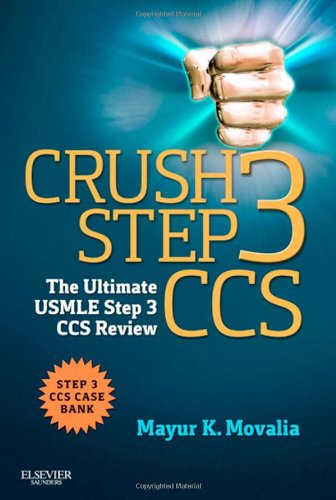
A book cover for Crush Step 3 CCS: The Ultimate USMLE Step 3 CCS Review, 1e; Mayur Movalia MD; Medical Books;